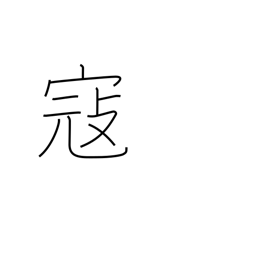
Meaning: invade